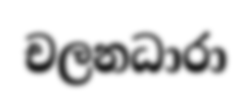
චලනධාරා